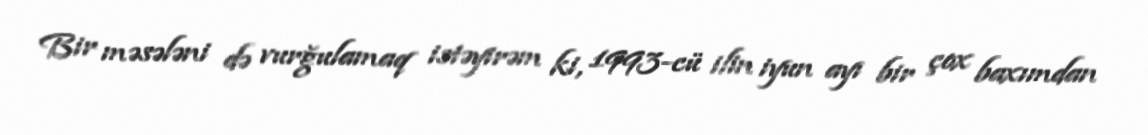
Bir məsələni də vurğulamaq istəyirəm ki, 1993-cü ilin iyun ayı bir çox baxımdan